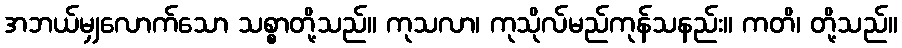
အဘယ်မျှလောက်သော သစ္စာတို့သည်။ ကုသလာ၊ ကုသိုလ်မည်ကုန်သနည်း။ ကတိ၊ တို့သည်။